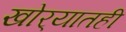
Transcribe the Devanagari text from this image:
खोर्‍यातही